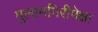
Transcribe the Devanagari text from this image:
गुलामगिरीपेक्षा